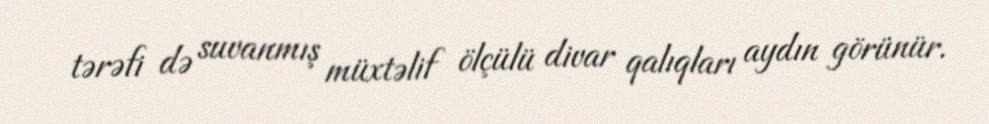
tərəfi də suvanmış müxtəlif ölçülü divar qalıqları aydın görünür.